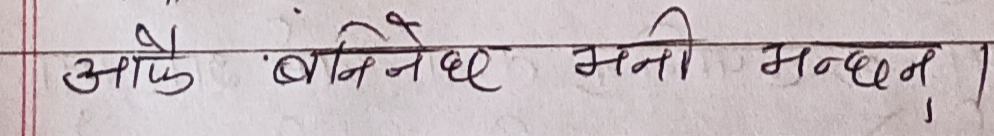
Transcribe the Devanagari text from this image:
आफू बनिनैछ भनी भन्छन।